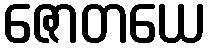
ဇောတယေ